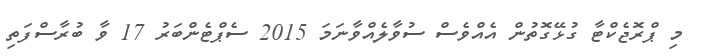
މި ޕްރޮޖެކްޓާ ގުޅޭގޮތުން އެއްވެސް ސުވާލެއްވާނަމަ 2015 ސެޕްޓެންބަރު 17 ވާ ބުރާސްފަތި